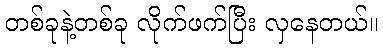
တစ်ခုနဲ့တစ်ခု လိုက်ဖက်ပြီး လှနေတယ်။